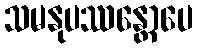
သမနုပဿန္တောပေ